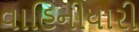
વાહિનીધારી